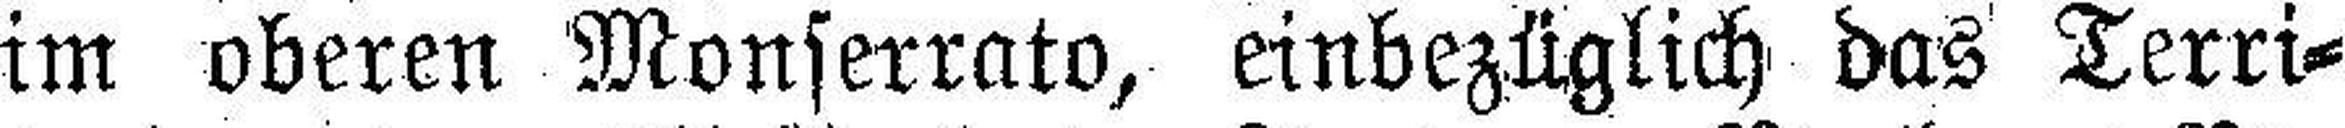
im oberen Monserrato, einbezüglich das Terri¬